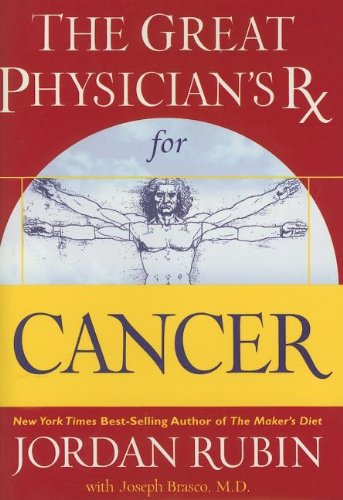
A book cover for The Great Physician's Rx for Cancer (Rubin Series); Jordan Rubin; Health, Fitness & Dieting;